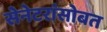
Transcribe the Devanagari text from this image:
सेनेटरांसोबत